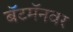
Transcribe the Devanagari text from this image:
बॅटमॅनवर